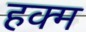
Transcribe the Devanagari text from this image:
हक्म